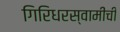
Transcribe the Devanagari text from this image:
गिरिधरस्वामींची